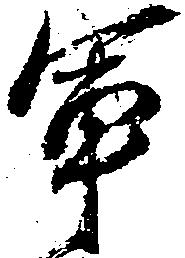
軍